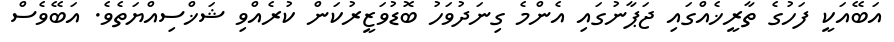
އަބޭއަކީ ފަހުގެ ތާރީޚެއްގައި ޖަޕާނުގައި އެންމެ ގިނަދުވަހު ބޮޑުވަޒީރުކަން ކުރެއްވި ޝަޚްސިއްޔަތެވެ. އަބޭވެސް